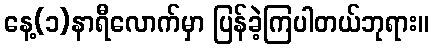
နေ့(၁)နာရီလောက်မှာ ပြန်ခဲ့ကြပါတယ်ဘုရား။